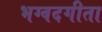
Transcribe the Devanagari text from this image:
भग्वदगीता